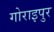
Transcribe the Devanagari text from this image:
गोराइपुर